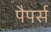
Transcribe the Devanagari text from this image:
पैपर्स